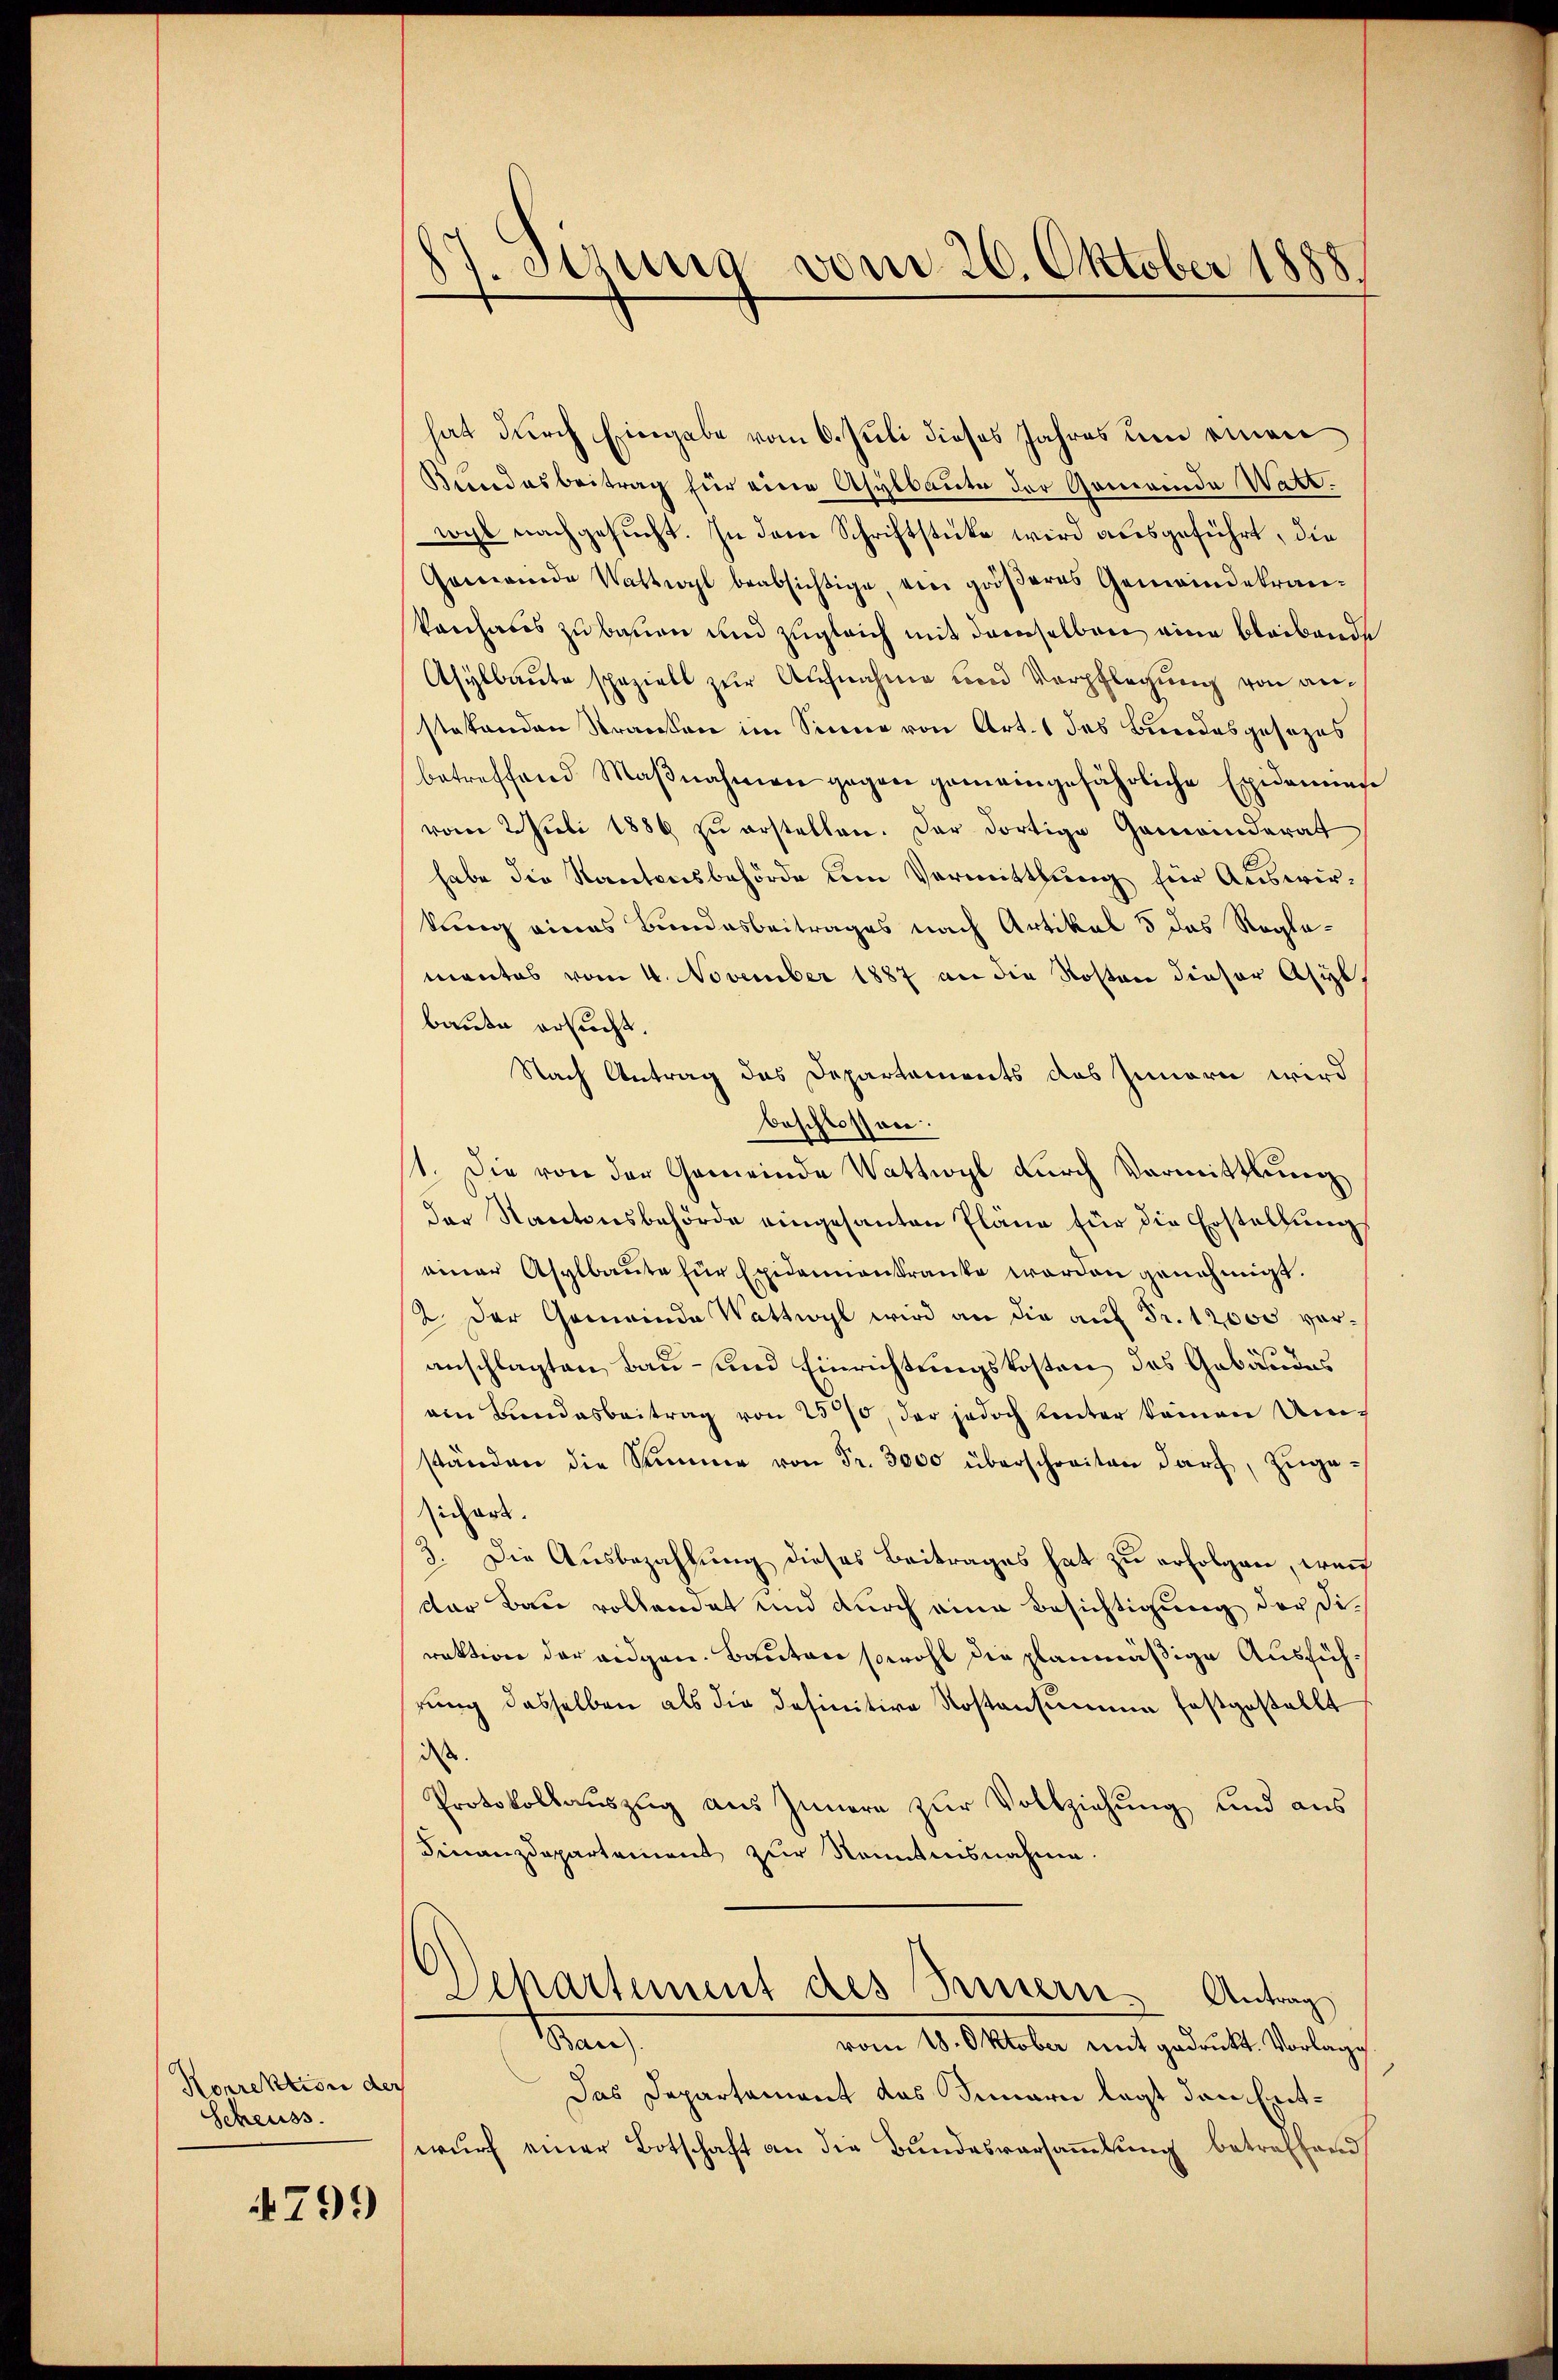
Korrektion der
Scheuss.

799

7. Sitzung vom 26. Oktober 1888

hat durch Eingabe vom 6. Juli dieses Jahres um einen
Bundesbeitrag für eine Asylbaute der Gemeinde Watt.
wohl nachgesucht. In dem Schriftstücke wird ausgeführt, die
Gemeinde Wattwyl beabsichtige, ein gröβeres Gemeindekran-
vonhaus zu bauen und zugleich mit demselben eine bleibende
Asylbaute spezielt zur Aufnahme und Verpflegung von anstatenden Stranken im Sinne von Art. 1 des Brodesgesezes
betreffend Maβnahmen gegen gemeingefährliche Epidemiese
vom 2. Juli 1886 zŭ erstellen. Der dortige Gemeinderat
habe die Kantonsbehörde um Vermittlung für Auswirkung eines Bundesbeitrages nach Artikel 5 das Reglemantes vom 4. November 1887 an die Kosten dieser Asyl
baute ersucht.
Nach Antrag des Departements das Innern wird
beschlossen.
1. Die von der Gemeinde Wattwyl durch Vormittlung
der Kantonsbehörde eingesanten Pläne für die Erstellung
einer Asylbaute für Exidamenkranke werden genehmigt.
2. Der Gemeinde Wattwyl wird an die auf Fr. 12000 voranschlagten Bau- und Einrichtungskosten des Gebäudes
von Bundesbeitrag von 2570, der jedoch hinter keinen Umständen die Stimme von Fr. 3000 überschreiten darf, zŭge-
sichert.
3. Die Ausbezahlung dieses Beitrages hat zu erfolgen, wenn
dor Bau vollendet und durch eine Besichtigung der Direktion der eidgen. Bauten sowohl die planmäßige Ausführung dasselben als die definitive Kostensumme festgestellt
dass
Protokollaŭszŭg aŭs Innern zŭr Vollziehung und aus
Finanzdepartement zur Namtnisnahme.
Departement des Innern. Antrag
Bau).
vom 18. Oktober mit gedruckt. Vorlage
Das Departament das Innern legt den Entwurf einer Botschaft an die Bundesversammlung betreffend